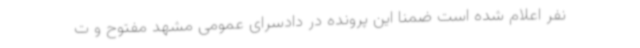
نفر اعلام شده است ضمنا این پرونده در دادسرای عمومی مشهد مفتوح و ت